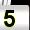
Digit: 5